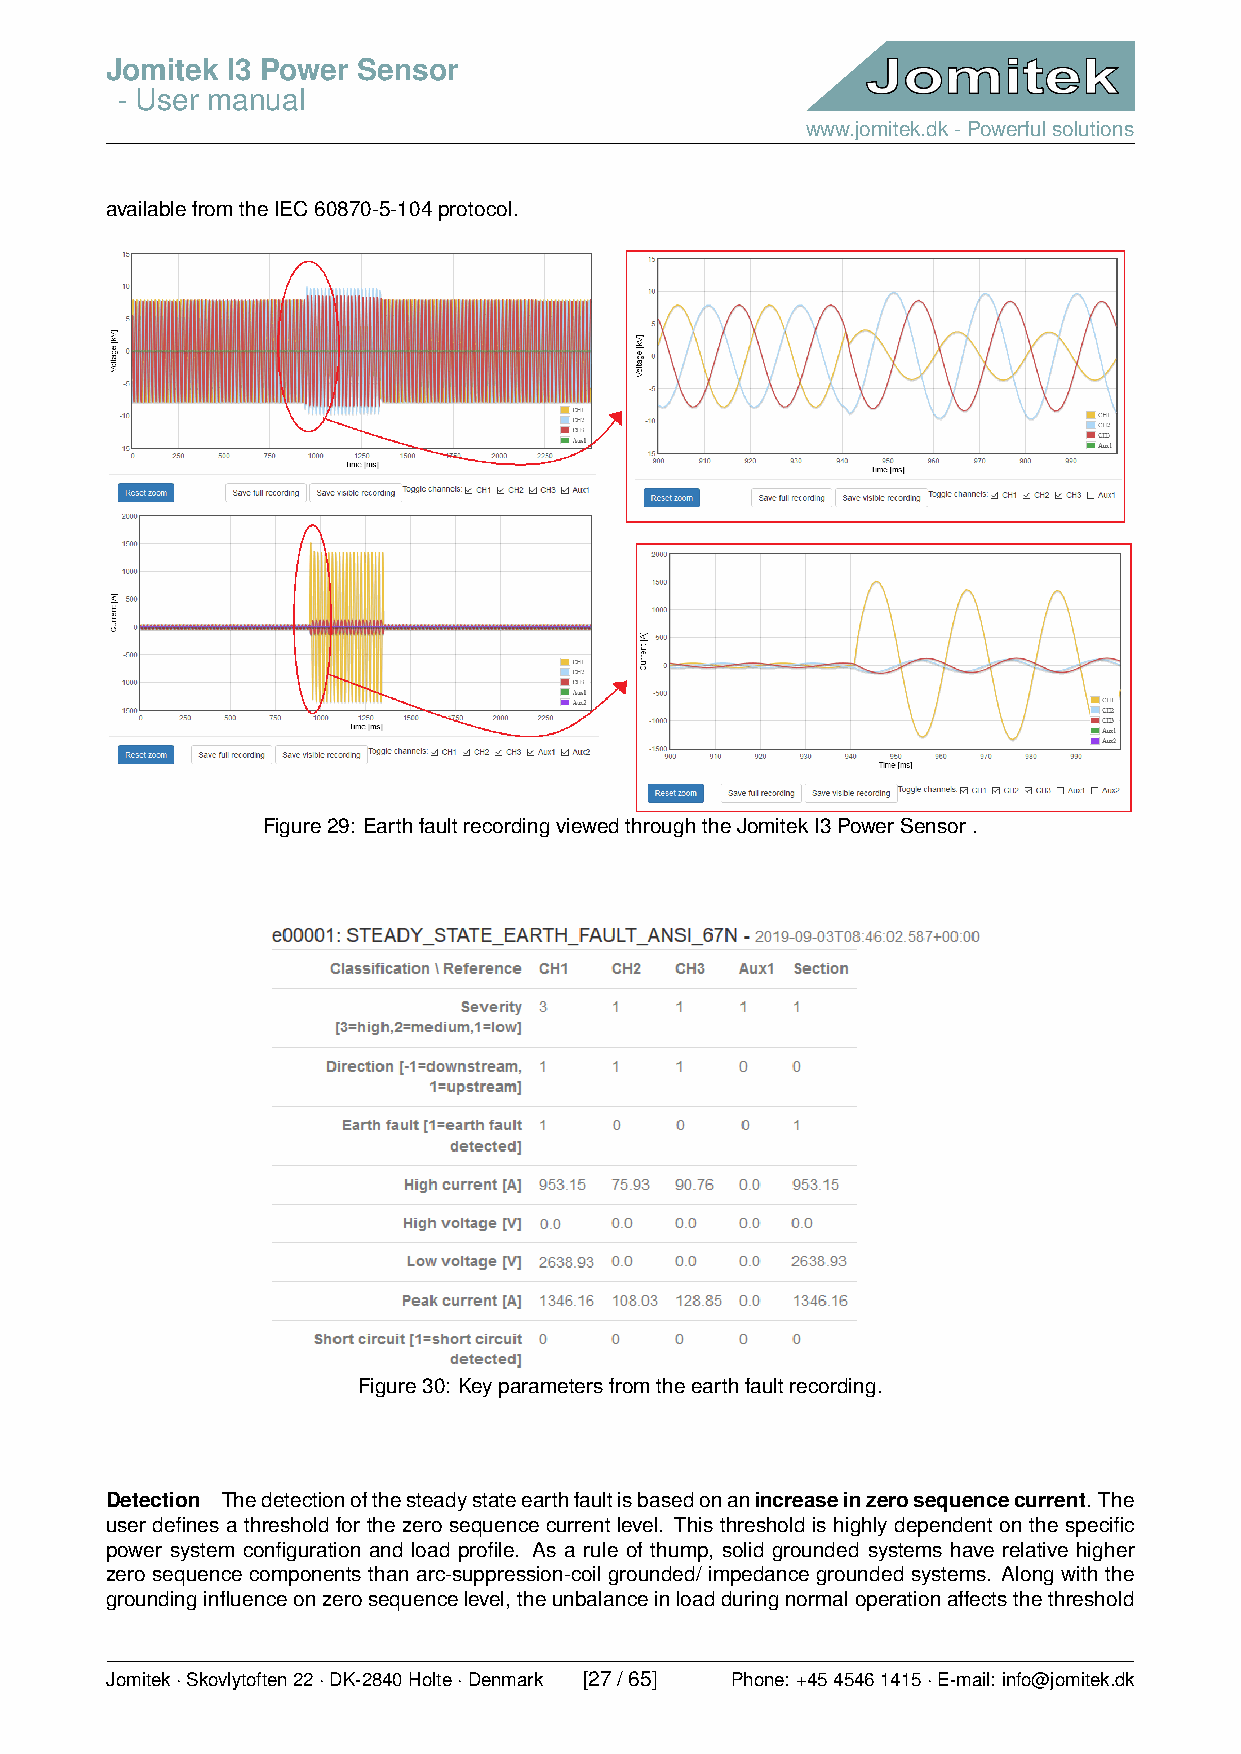
Jomitek I3 Power Sensor
 - User manual
 www.jomitek.dk-Powerfulsolutions
 availablefromtheIEC60870-5-104protocol.
 Figure29: EarthfaultrecordingviewedthroughtheJomitekI3PowerSensor.
 Figure30: Keyparametersfromtheearthfaultrecording.
 Detection Thedetectionofthesteadystateearthfaultisbasedonanincreaseinzerosequencecurrent. The
 user defines a threshold for the zero sequence current level. This threshold is highly dependent on the specific
 power system configuration and load profile. As a rule of thump, solid grounded systems have relative higher
 zero sequence components than arc-suppression-coil grounded/ impedance grounded systems. Along with the
 groundinginfluenceonzerosequencelevel,theunbalanceinloadduringnormaloperationaffectsthethreshold
 Jomitek·Skovlytoften22·DK-2840Holte·Denmark [27/65] Phone: +4545461415·E-mail: info@jomitek.dk